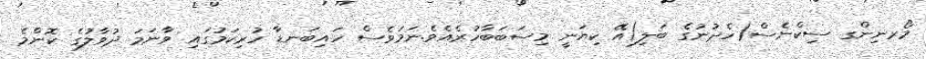
މޯރނިންގ ސިކްނެސް(ހެދުނުގެ ބަލި)އޭ ކިޔަނީ މިސަބަބާހުރެއެވެ.ނަމަވެސް ހައިބަނޑާ ހުރިކަމުގައި ވާނަމަ ދުވާލުގެ ކޮންމެ